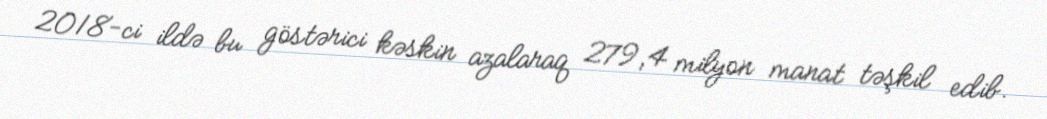
2018-ci ildə bu göstərici kəskin azalaraq 279,4 milyon manat təşkil edib.